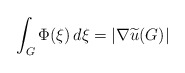
\begin{align*}\int _{G} \Phi(\xi)\, d\xi = |\nabla \widetilde u (G)|\end{align*}